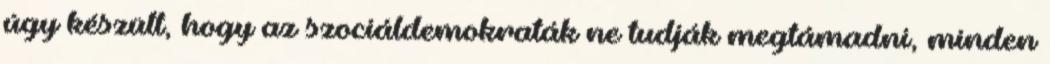
úgy készült, hogy az szociáldemokraták ne tudják megtámadni, minden